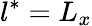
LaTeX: l^{*}=L_{x}